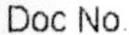
DOC NO.